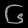
Digit: ၆